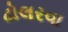
ઢોલરવા